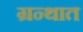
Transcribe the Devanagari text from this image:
ग्रन्थात